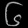
Digit: ၆